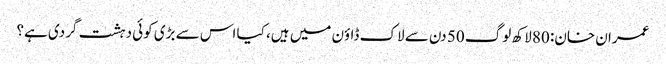
عمران خان: 80 لاکھ لوگ 50 دن سے لاک ڈاؤن میں ہیں، کیا اس سے بڑی کوئی دہشت گردی ہے؟